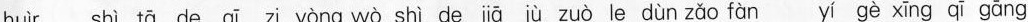
huìr shì tā de qī zi yòng wò shì de jiā jù zuò le dùn zǎo fàn yí gè xing qī gāng